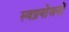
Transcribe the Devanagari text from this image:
स्वप्रयोजनों